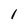
Character: 1